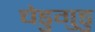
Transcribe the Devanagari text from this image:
चेडुगुडु